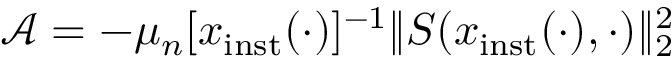
\mathcal { A } = - \mu _ { n } \lbrack x _ { \mathrm { i n s t } } ( \cdot ) \rbrack ^ { - 1 } \| S ( x _ { \mathrm { i n s t } } ( \cdot ) , \cdot ) \| _ { 2 } ^ { 2 }